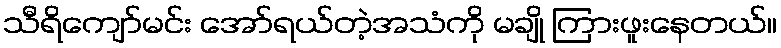
သီရိကျော်မင်း အော်ရယ်တဲ့အသံကို မချို ကြားဖူးနေတယ်။